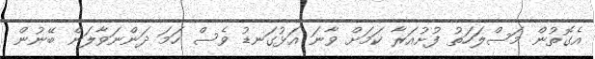
އެގޮތުން މަސްލަހަތު ފުށުއަރާ ކަމަށް ވާނަ އަޅުގަނޑު ވެސް ހަމަ ދަންނަވާލަން ބޭނުން